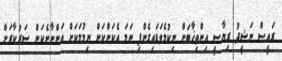
ރައީސް ނަޝީދު ރިޔާސީ އިންތިޚާބަށް ނިކުމެވަޑައިގެންފި ނަމަ އެކަންކަން ނިމުމަކަށް އަންނާނެކަން ސަރުކާރަށް